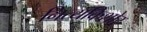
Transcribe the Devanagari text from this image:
नित्यकिशोर